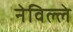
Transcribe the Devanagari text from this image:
नेविल्ले